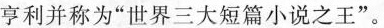
亨利并称为”世界三大短篇小说之王”。